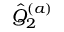
{ \hat { Q } } _ { 2 } ^ { ( a ) }